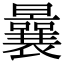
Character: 曩